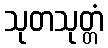
သုတသုတ္တံ